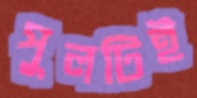
পুলটিই